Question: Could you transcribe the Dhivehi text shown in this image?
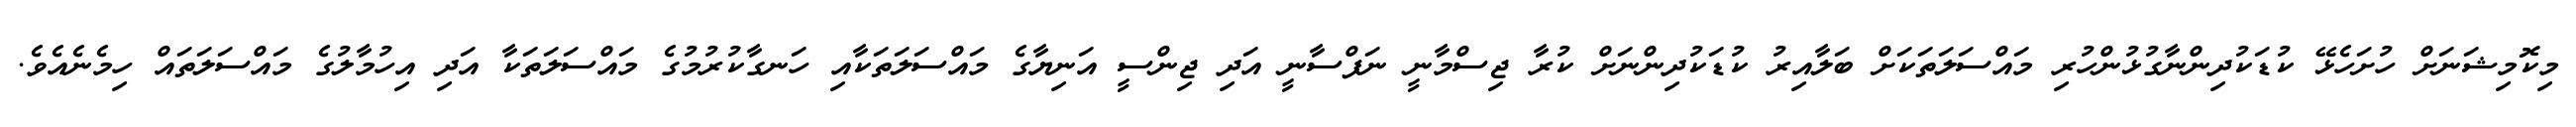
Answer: މިކޮމިޝަނަށް ހުށަހެޅޭ ކުޑަކުދިންނާގުޅުންހުރި މައްސަލަތަކަށް ބަލާއިރު ކުޑަކުދިންނަށް ކުރާ ޖިސްމާނީ ނަފްސާނީ އަދި ޖިންސީ އަނިޔާގެ މައްސަލަތަކާއި ހަނގާކުރުމުގެ މައްސަލަތަކާ އަދި އިހުމާލުގެ މައްސަލަތައް ހިމެނެއެވެ.